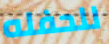
للحفله